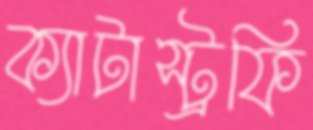
ক্যাটাস্ট্রফি